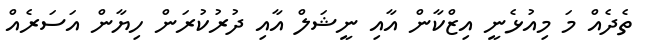
ތެދެއް މަ މިއުޅެނީ އިޒްކާން އާއި ނީޝަލް އާއި ދުރުކުރަން ހިޔާން އަސަރެއް